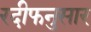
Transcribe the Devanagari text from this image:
रदीफनुसार